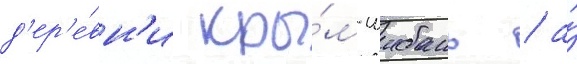
д'ер'е́вн'и кры́м-шибань / а́